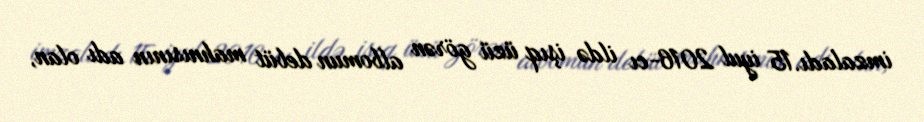
imzaladı.15 iyul 2016-cı ildə işıq üzü görən albomun debüt mahnısının adı olan,